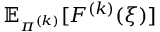
\mathbb { E } _ { \pi ^ { ( k ) } } [ F ^ { ( k ) } ( \xi ) ]